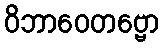
ဝိဘာဝေတဗ္ဗော